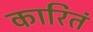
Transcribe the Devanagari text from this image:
कारितं